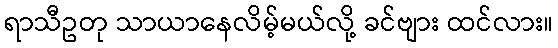
ရာသီဥတု သာယာနေလိမ့်မယ်လို့ ခင်ဗျား ထင်လား။